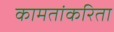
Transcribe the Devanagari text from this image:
कामतांकरिता